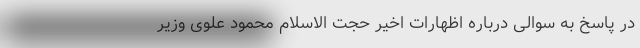
در پاسخ به سوالی درباره اظهارات اخیر حجت الاسلام محمود علوی وزیر